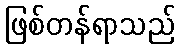
ဖြစ်တန်ရာသည်